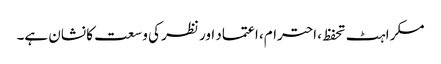
مسکراہٹ تحفظ، احترام، اعتماد اور نظر کی وسعت کا نشان ہے۔